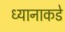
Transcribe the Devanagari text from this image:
ध्यानाकडे